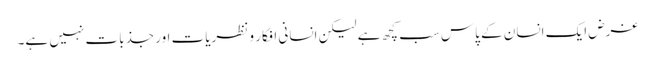
غرض ایک انسان کے پاس سب کچھ ہے لیکن انسانی افکار و نظریات اور جذبات نہیں ہے۔